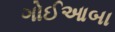
ગોઈઆબા